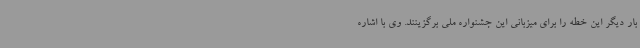
بار دیگر این خطه را برای میزبانی این جشنواره ملی برگزینند. وی با اشاره